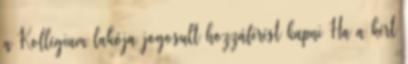
a Kollégium lakója jogosult hozzáférést kapni Ha a kért